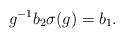
LaTeX: \begin{align*}g^{-1}b_2\sigma(g)=b_1.\end{align*}